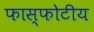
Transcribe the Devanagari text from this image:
फास्फोटीय